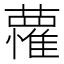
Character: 𮒭